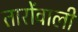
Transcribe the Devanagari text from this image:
तारोंवाली